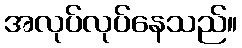
အလုပ်လုပ်နေသည်။